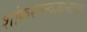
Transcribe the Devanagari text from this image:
शांकरतत्त्वज्ञानाच्या